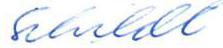
Schildt